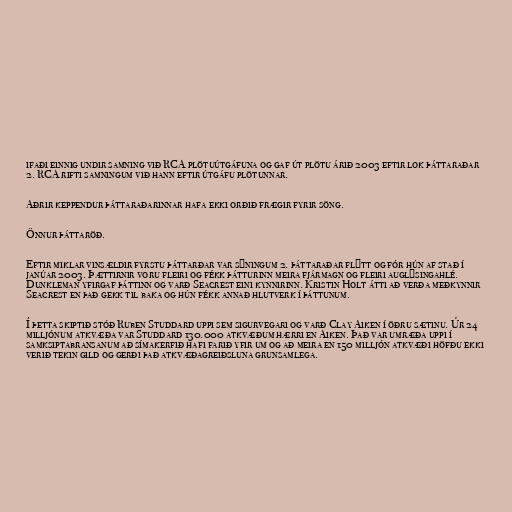
ifaði einnig undir samning við RCA plötuútgáfuna og gaf út plötu árið 2003 eftir lok þáttaraðar
2. RCA rifti samningum við hann eftir útgáfu plötunnar.

Aðrir keppendur þáttaraðarinnar hafa ekki orðið frægir fyrir söng.

Önnur þáttaröð.

Eftir miklar vinsældir fyrstu þáttarðar var sýningum 2. þáttaraðar flýtt og fór hún af stað í
janúar 2003. Þættirnir voru fleiri og fékk þátturinn meira fjármagn og fleiri auglýsingahlé.
Dunkleman yfirgaf þáttinn og varð Seacrest eini kynnirinn. Kristin Holt átti að verða meðkynnir
Seacrest en það gekk til baka og hún fékk annað hlutverk í þáttunum.

Í þetta skiptið stóð Ruben Studdard uppi sem sigurvegari og varð Clay Aiken í öðru sætinu. Úr 24
milljónum atkvæða var Studdard 130.000 atkvæðum hærri en Aiken. Það var umræða uppi í
samksiptabransanum að símakerfið hafi farið yfir um og að meira en 150 milljón atkvæði höfðu ekki
verið tekin gild og gerði það atkvæðagreiðsluna grunsamlega.